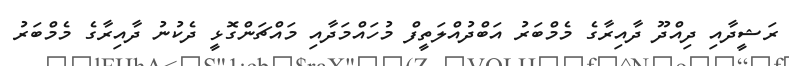
ރަޝީދާއި ދިއްދޫ ދާއިރާގެ މެމްބަރު އަބްދުއްލަތީފް މުހައްމަދާއި މައްޗަންގޮޅީ ދެކުނު ދާއިރާގެ މެމްބަރު